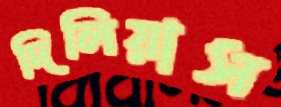
দিলিয়াস